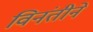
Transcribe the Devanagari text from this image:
विनंतीने